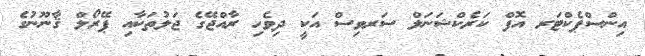
އިންސްޕެކްޓަރ އޮފް ކަރެކްޝަނަލް ސަރވިސް އަކީ ދިވެހި ރާއްޖޭގެ ޖަލުތަކާއި ޕޭރޯލް ޤާނޫނުގެ